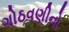
ગોઠવણીનો